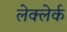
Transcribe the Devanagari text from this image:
लेक्लेर्क